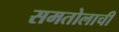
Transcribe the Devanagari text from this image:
समतोलाची